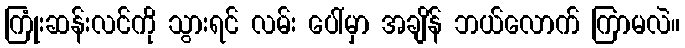
ကြုံးဆန်းလင်ကို သွားရင် လမ်း ပေါ်မှာ အချိန် ဘယ်လောက် ကြာမလဲ။